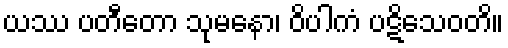
ယဿ ပတီတော သုမနော၊ ဝိပါကံ ပဋိသေဝတိ။